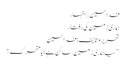
فدا حسین | | اظہار
ہماری زمین کی رفتار
تحریر و تالیف: فدا حسین
”کیا ہماری زمین ساکن ہے؛ یا متحرک؟